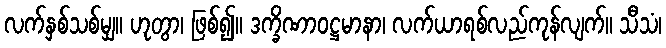
လက်နှစ်သစ်မျှ။ ဟုတွာ၊ ဖြစ်၍။ ဒက္ခိဏာဝဋ္ဌမာနာ၊ လက်ယာရစ်လည်ကုန်လျက်။ သီသံ၊